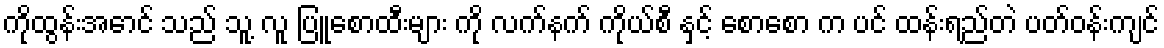
ကိုထွန်းအောင် သည် သူ့ လူ ပြူစောထီးများ ကို လက်နက် ကိုယ်စီ နှင့် စောစော က ပင် ထန်းရည်တဲ ပတ်ဝန်းကျင်